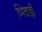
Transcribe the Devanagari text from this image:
भिवाड़ी